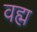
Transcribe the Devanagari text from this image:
वह्म